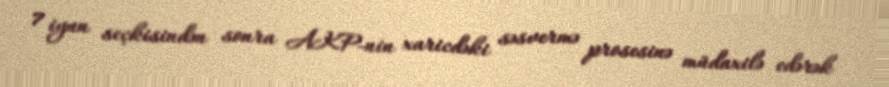
7 iyun seçkisindən sonra AKP-nin xaricdəki səsvermə prosesinə müdaxilə edərək